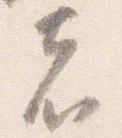
者